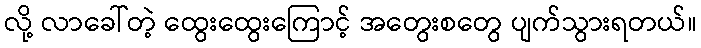
လို့ လာခေါ်တဲ့ ထွေးထွေးကြောင့် အတွေးစတွေ ပျက်သွားရတယ်။